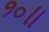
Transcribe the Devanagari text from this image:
१०॥